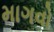
માગવો